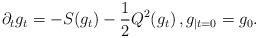
LaTeX: \begin{align*}\partial_tg_t=-S(g_t)-\frac12Q^ 2(g_t)\,,g_{|t=0}=g_0.\end{align*}